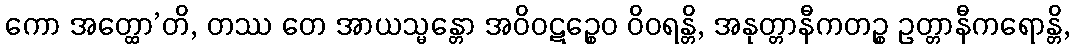
ကော အတ္ထော’တိ, တဿ တေ အာယသ္မန္တော အဝိဝဋဉ္စေဝ ဝိဝရန္တိ, အနုတ္တာနီကတဉ္စ ဥတ္တာနီကရောန္တိ,